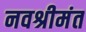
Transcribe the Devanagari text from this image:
नवश्रीमंत